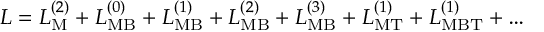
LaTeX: { \cal L } = { \cal L } _ { \mathrm { M } } ^ { ( 2 ) } + { \cal L } _ { \mathrm { M B } } ^ { ( 0 ) } + { \cal L } _ { \mathrm { M B } } ^ { ( 1 ) } + { \cal L } _ { \mathrm { M B } } ^ { ( 2 ) } + { \cal L } _ { \mathrm { M B } } ^ { ( 3 ) } + { \cal L } _ { \mathrm { M T } } ^ { ( 1 ) } + { \cal L } _ { \mathrm { M B T } } ^ { ( 1 ) } + \ldots